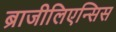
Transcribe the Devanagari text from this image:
ब्राजीलिएन्सिस